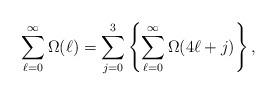
LaTeX: \begin{align*}\sum_{\ell=0}^{\infty}\Omega(\ell)=\sum_{j=0}^{3}\left\{\sum_{\ell=0}^{\infty}\Omega(4\ell+j)\right\},~~~~~~~~~~~~~~~~~~~~~~~~~~~~~~~~~~~~~~~~~~~~~~~~~~~~~~~~~~~~~~~~\end{align*}